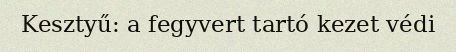
Kesztyű: a fegyvert tartó kezet védi